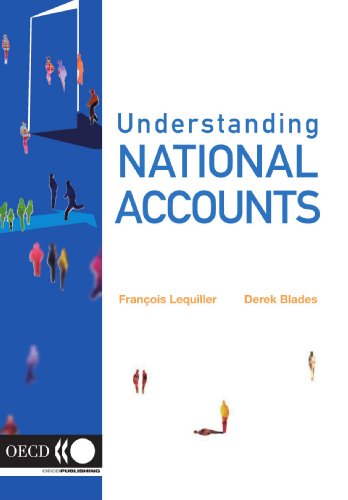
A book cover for Understanding National Accounts; FranÃ§ois Lequiller; Business & Money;